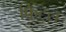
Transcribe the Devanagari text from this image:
फिटल